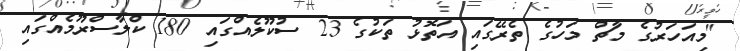
"މިއަހަރުގެ މާޗް މަހުގެ ތެރޭގައި އަތޮޅު ތަކުގެ 23 ސުކޫލެއްގައި 180 ކްލާސްރޫމެއްގައި